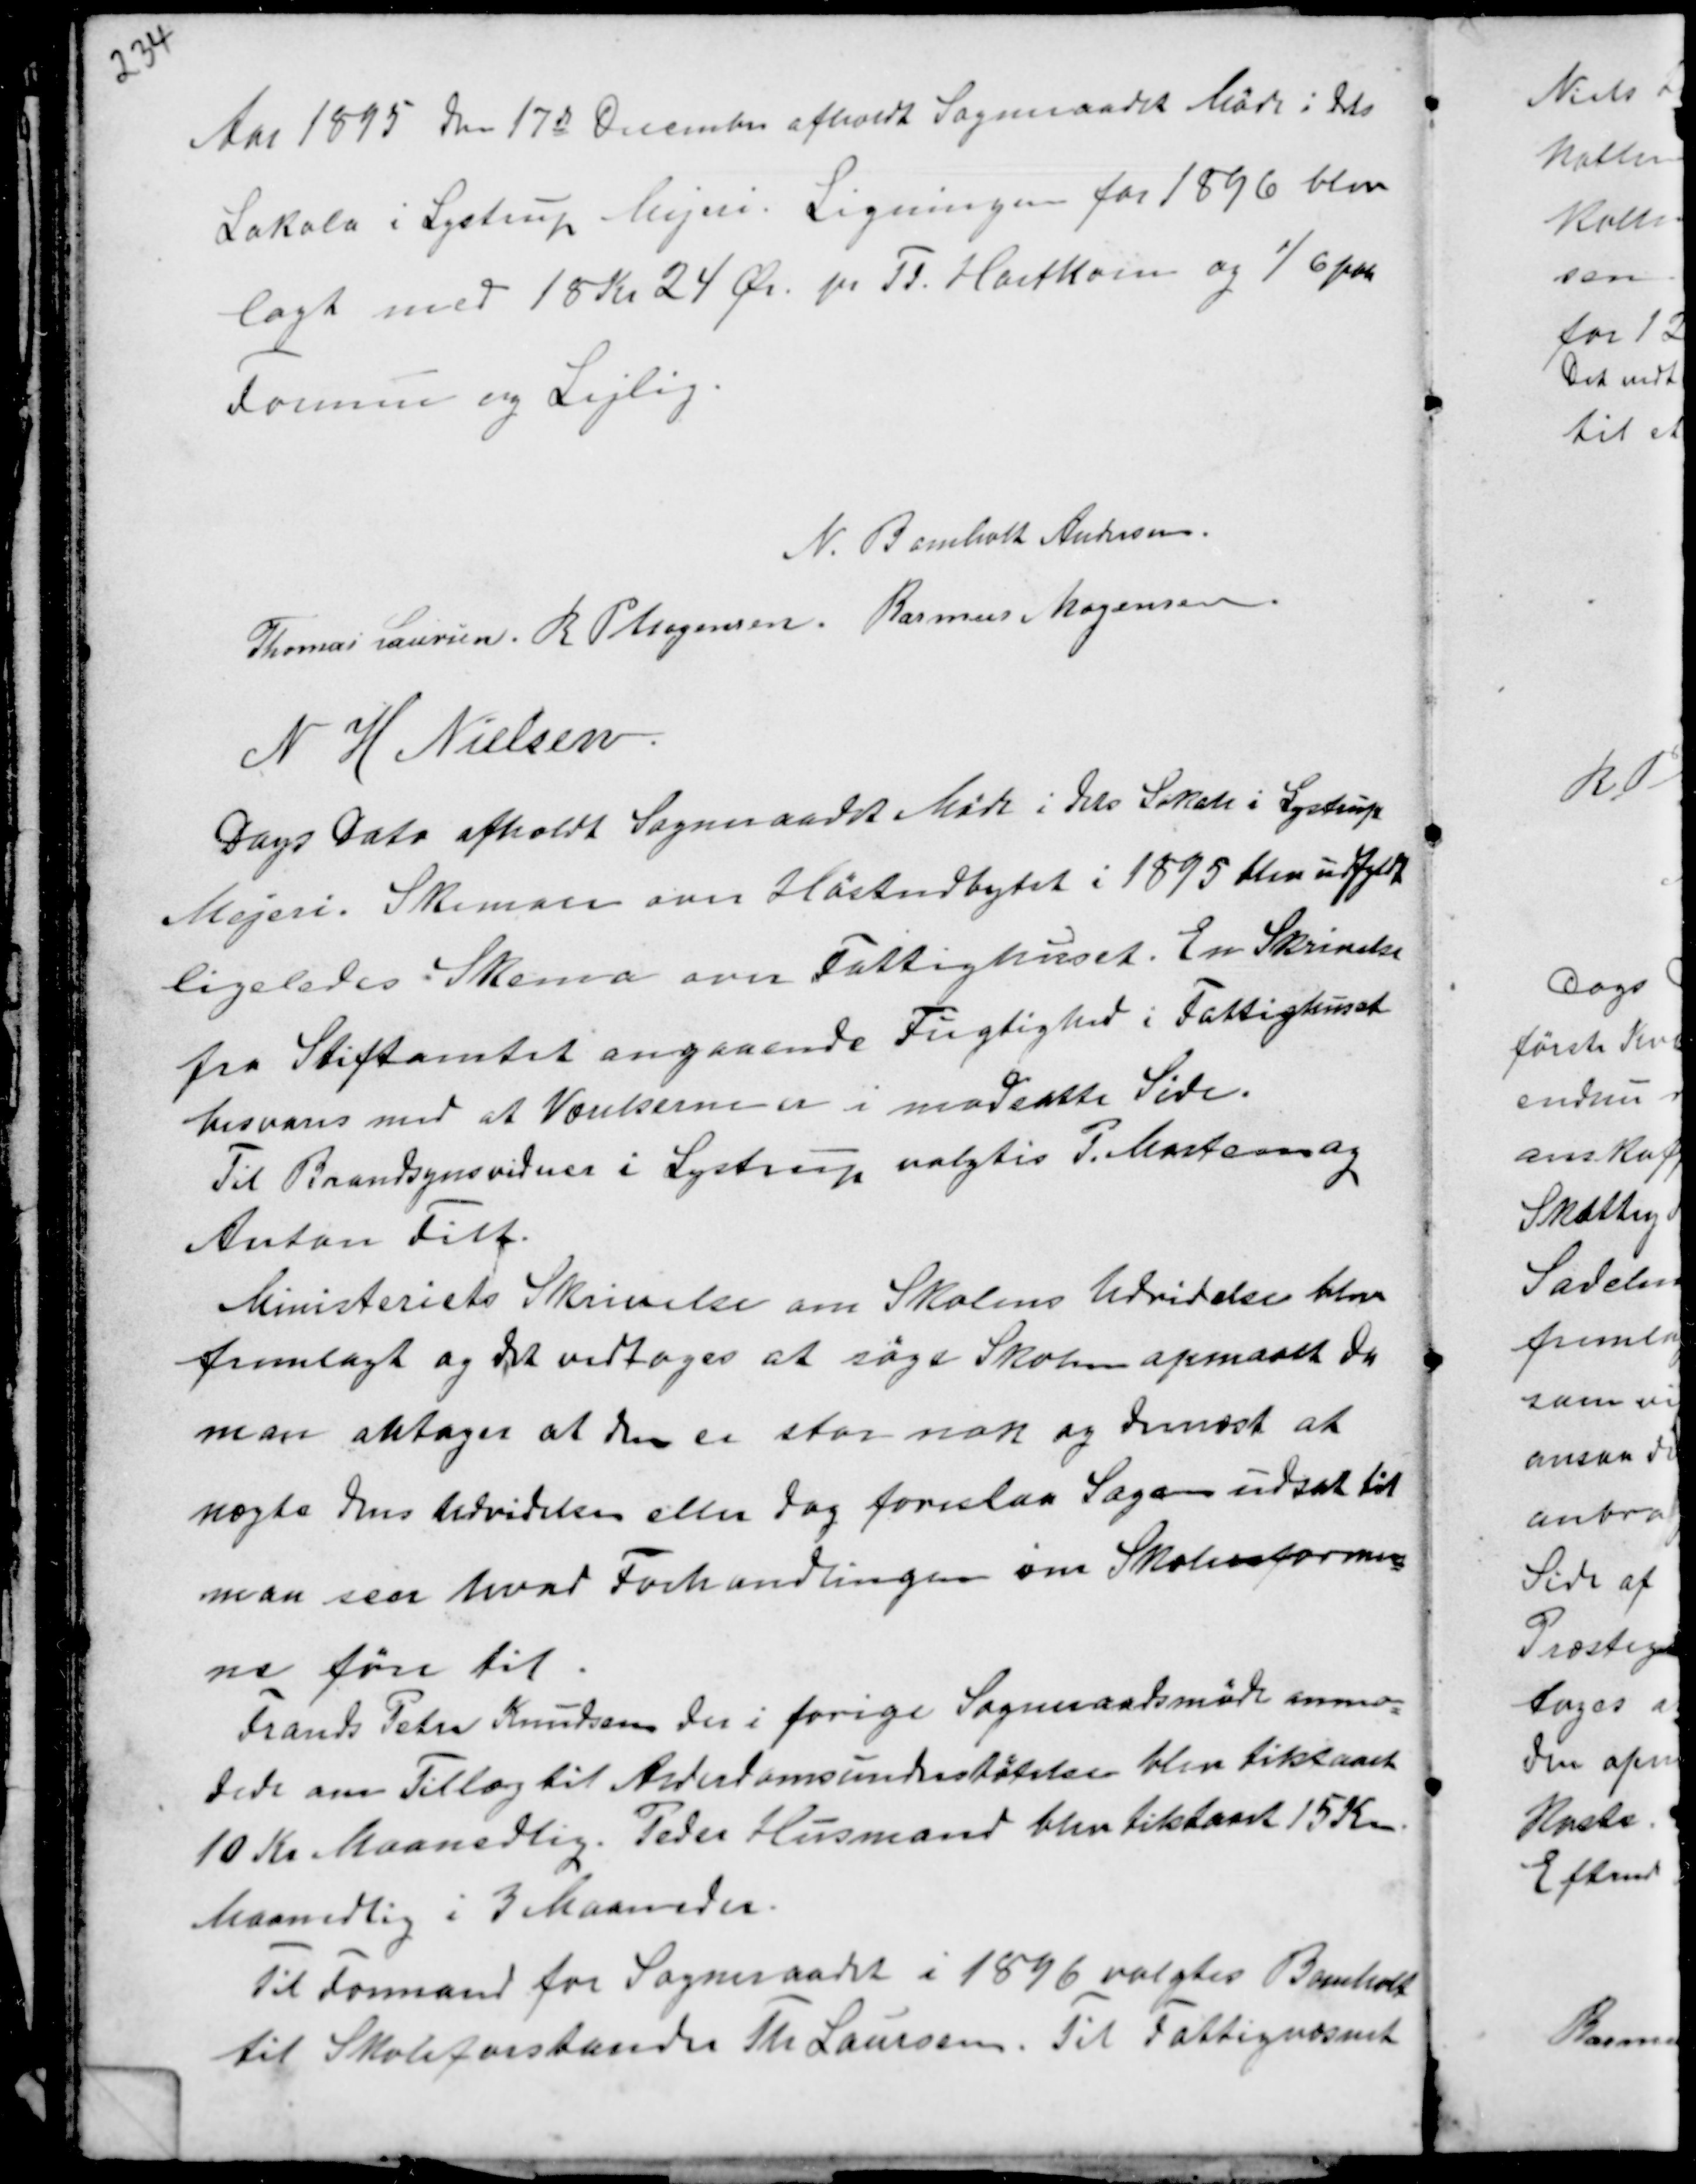
Transskription:
Aar 1895 den 17de December afholdt Sogneraadet Møde i dets
Lokale i Lystrup Mejeri. Ligningen for 1896 blev
lagt med 18 Kr 24 Ør. pr Td. Hartkorn og 1/6 paa
Formue og Lejlig.

N. Bomholt Andersen
Thomas Laursen R P Mogensen Rasmus Mogensen
N H Nielsen

Dags Dato afholdt Sogneraadet Møde i dets Lokale i Lystrup
Mejeri. Skemaer over Høstudbyttet i 1895 blev udfyldt
ligeledes Skema over Fattighuset. En Skrivelse
fra Stiftamtet angaaende Fugtighed i Fattighuset
besvares med at Værelserne er i modsatte Side.
Til Brandsynsvidne i Lystrup valgtes P. Mortens og
Anton Filt.
Ministeriets Skrivelse om Skolens Udvidelse blev
fremlagt og det vedtoges at søge Skolen opmaalt da
man antager at den er stor nok og dernæst at
nægte dens Udvidelse eller dog foreslaa Sagen udsat til
man seer hvad Forhandlingen om Skolereformer-
ne føre til.
Frands Peter Knudsen der i forige Sogneraadsmøde anmo-
dede om Tillæg til Alderdomsunderstøtelsen blev tilstaaet
10 Kr. Maanedlig. Peder Husmand blev tilstaaet 15 Kr.
Maanedlig i 3 Maaneder.
Til Formand for Sogneraadet i 1896 valgtes Bomholt
til Skoleforstander Th. Laursen. Til Fattigvæsenet